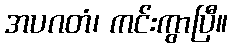
အပဂတံ၊ ကင်းကွာပြီ။